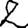
Digit: 2